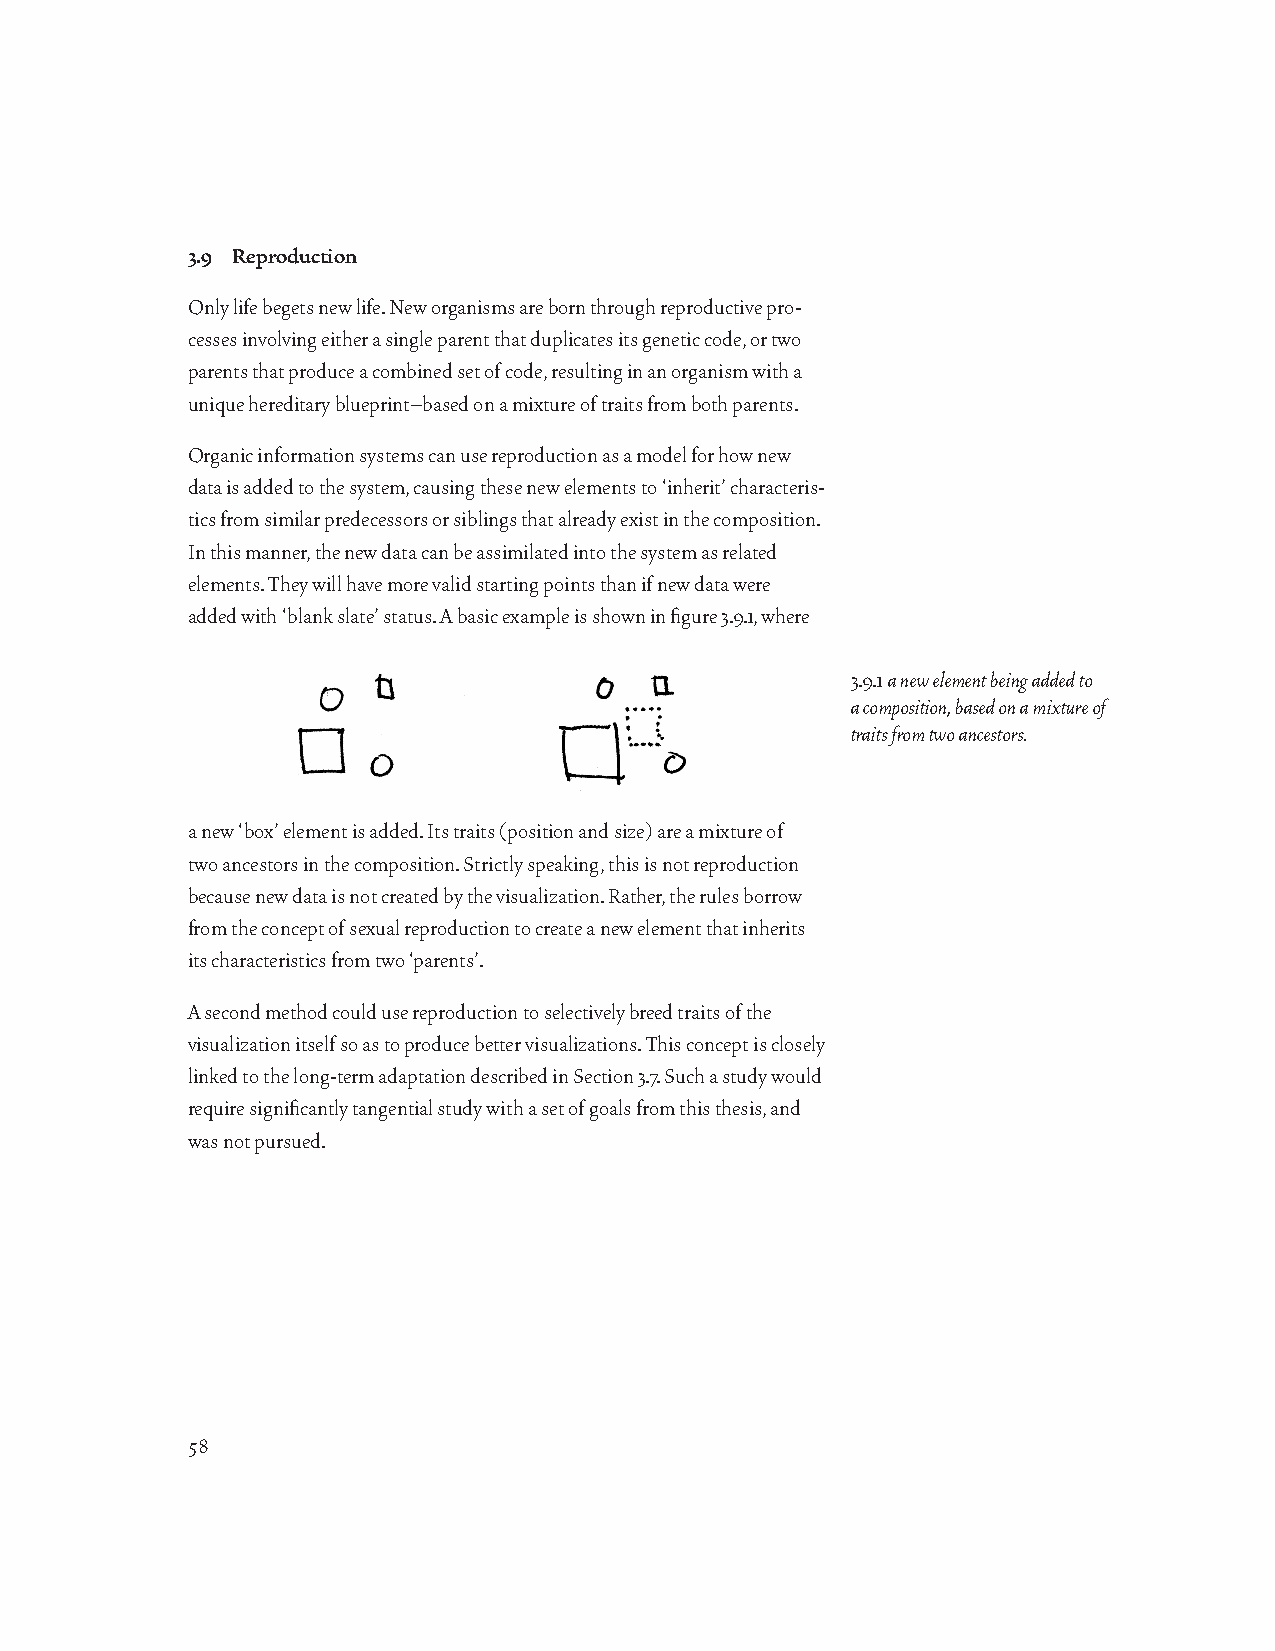
3.9 Reproduction
 Only life begets new life. New organisms are born through reproductive pro-
 cesses involving either a single parent that duplicates its genetic code, or two
 parents that produce a combined set of code, resulting in an organism with a
 unique hereditary blueprint–based on a mixture of traits from both parents.
 Organic information systems can use reproduction as a model for how new
 data is added to the system, causing these new elements to ‘inherit’ characteris-
 tics from similar predecessors or siblings that already exist in the composition.
 In this manner, the new data can be assimilated into the system as related
 elements. They will have more valid starting points than if new data were
 added with ‘blank slate’ status. A basic example is shown in figure 3.9.1, where
 3.9.1 a new element being added to
 a composition, based on a mixture of
 traits from two ancestors.
 a new ‘box’ element is added. Its traits (position and size) are a mixture of
 two ancestors in the composition. Strictly speaking, this is not reproduction
 because new data is not created by the visualization. Rather, the rules borrow
 from the concept of sexual reproduction to create a new element that inherits
 its characteristics from two ‘parents’.
 A second method could use reproduction to selectively breed traits of the
 visualization itself so as to produce better visualizations. This concept is closely
 linked to the long-term adaptation described in Section 3.7. Such a study would
 require significantly tangential study with a set of goals from this thesis, and
 was not pursued.
 58